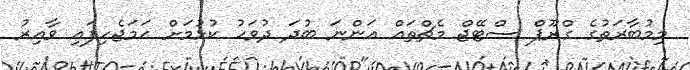
މިމުބާރަތުގެ ގްރޫޕް ސްޓޭޖް މެޗްތައް އަންނަ ބުދަ ދުވަހު ކުޅުމަށް ހަމަޖެހިފައި ވާއިރު